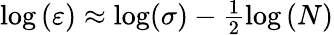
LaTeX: \begin{array}{r}{\log{\left(\varepsilon\right)}\approx\log(\sigma)-\frac{1}{2}\log{(N)}}\end{array}